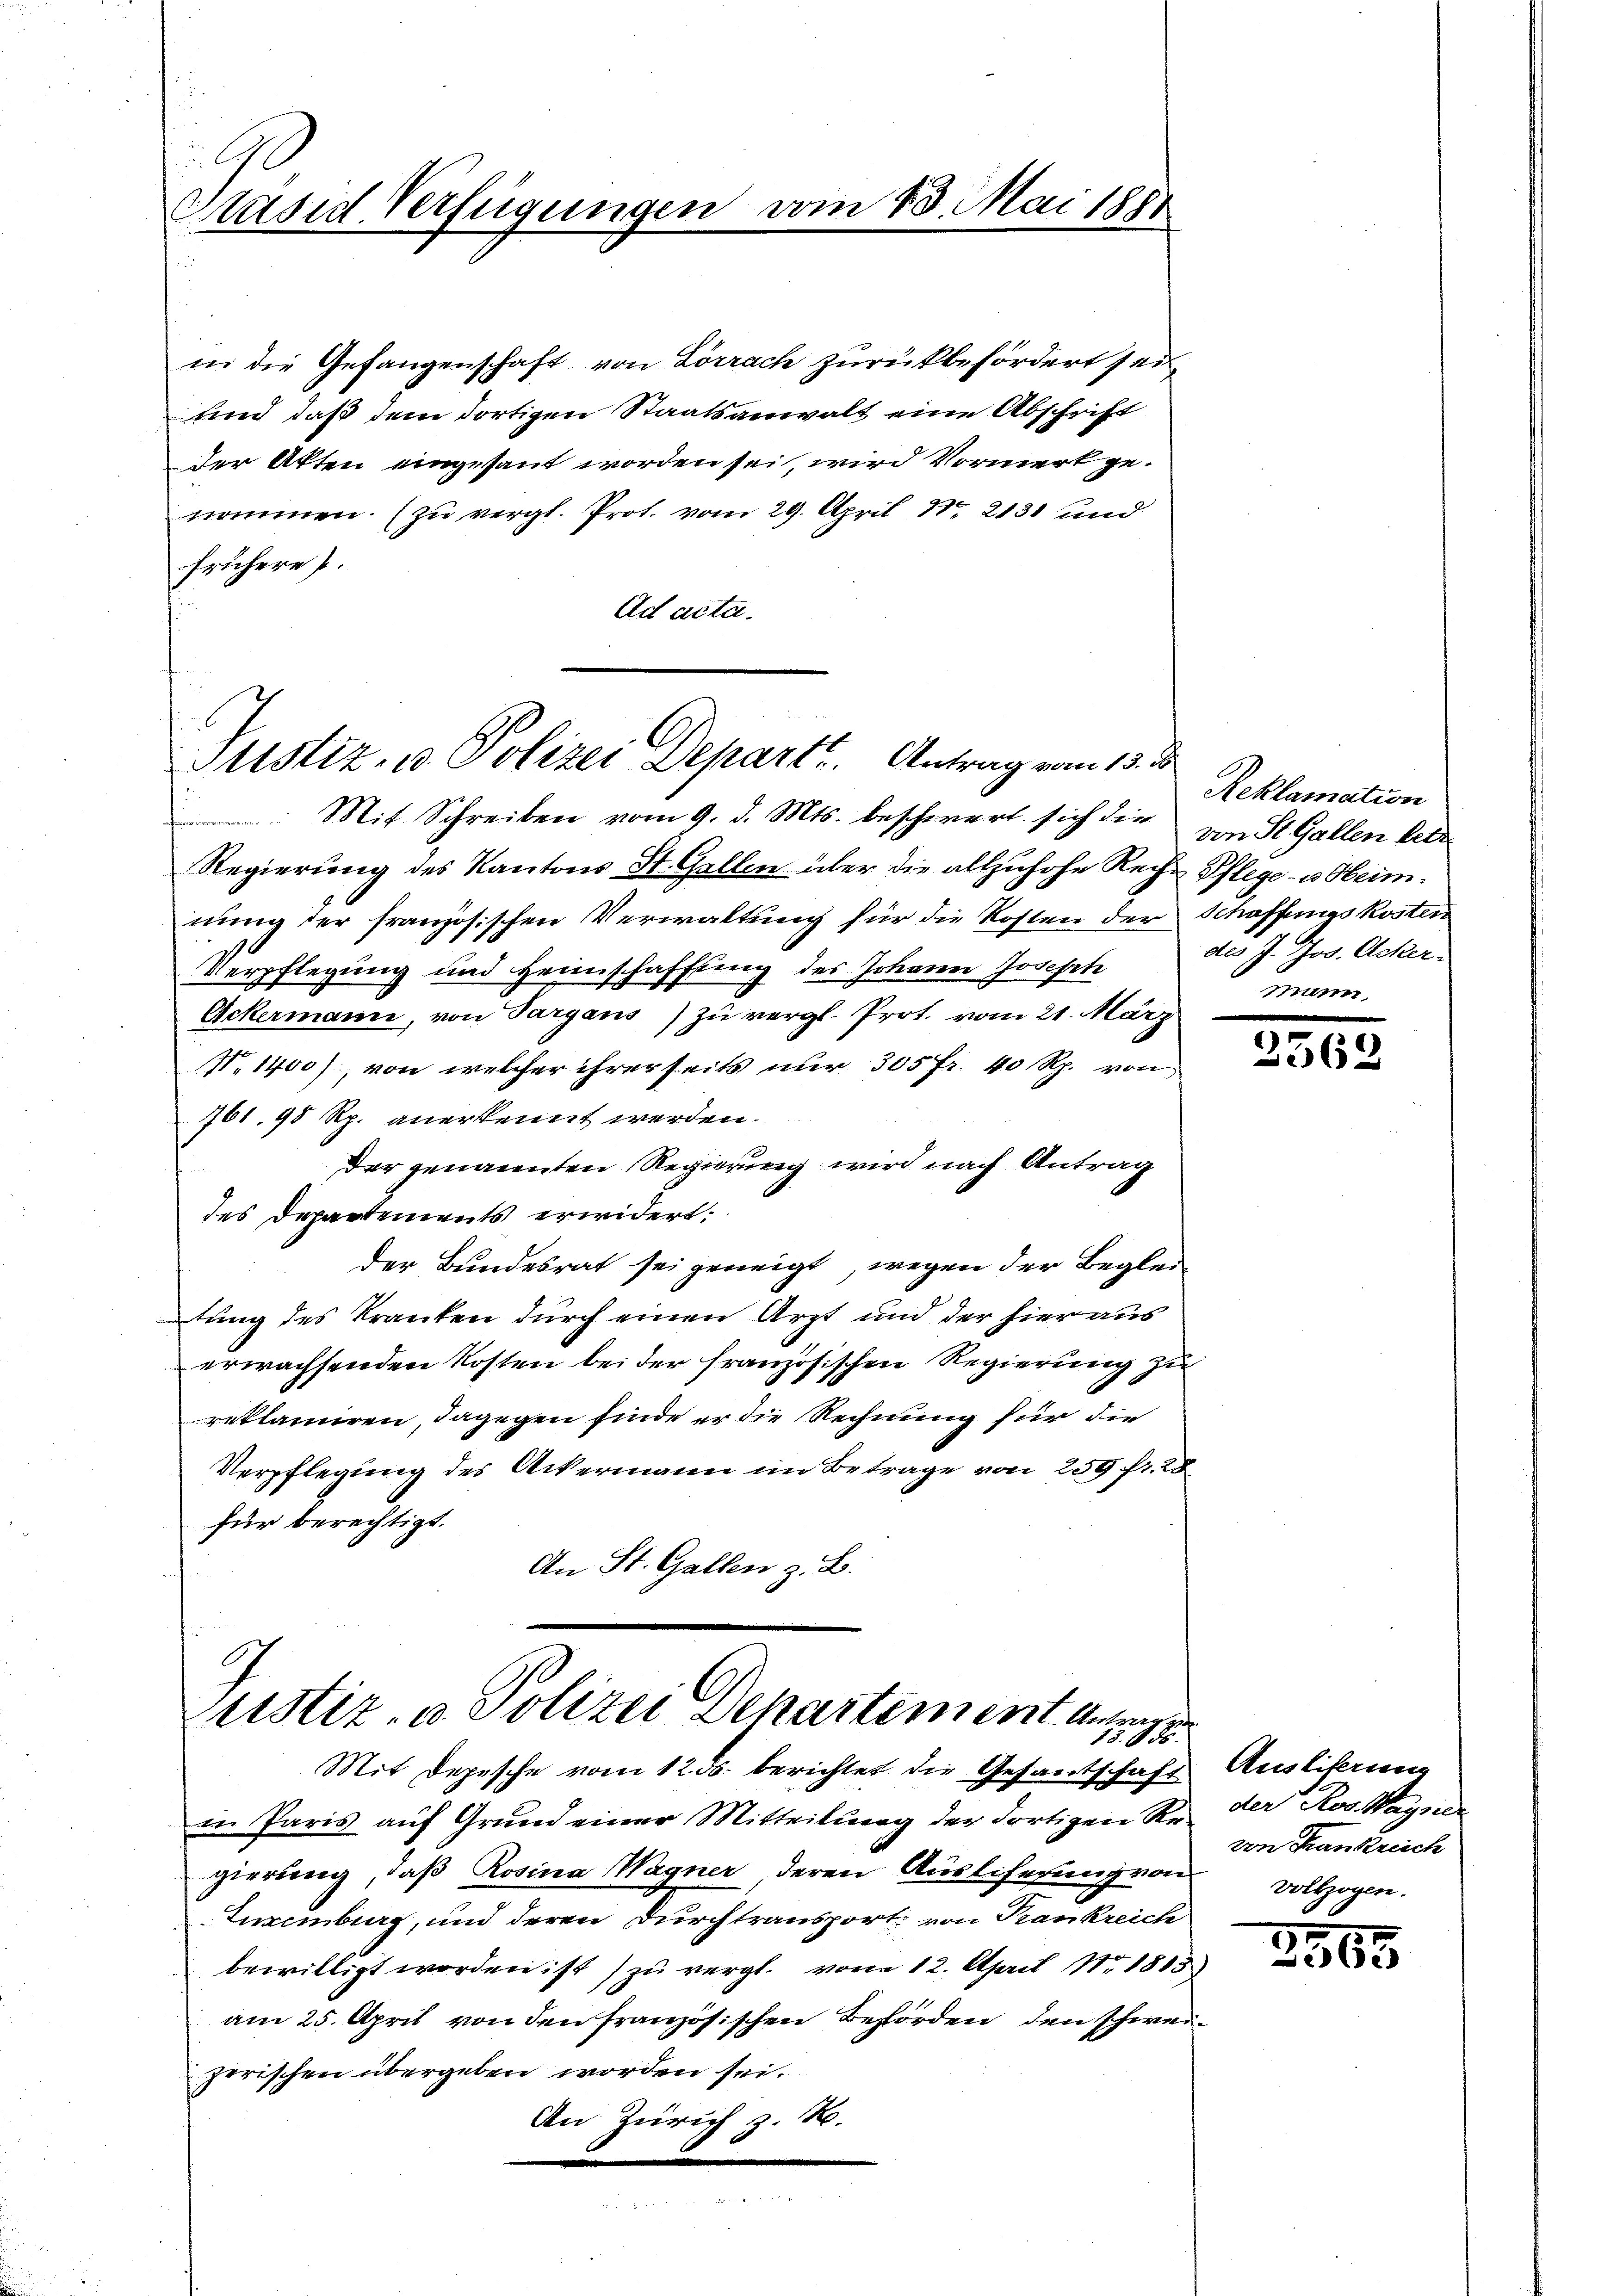
Präsid. Verfügungen vom 13. Mai 1881

in die Gefangenschaft von Lörrach zurükbefördert sei,
und daß dem dortigen Staatsanwalt eine Abschrift
der Akten eingesant worden sei, wird Vormerk genommen. (zu vergl. Prof. vom 29. April 18. 2131 und
frühere P.
Ad acta.

Justiz- u. Polizei Departe. Antrag vom 13. d.

Regierung des Kantons St. Gallen über die allzuhohe Reihe Pflege- u. Heimnung der französischen Verwaltung für die Kosten der Schaffungskosten
Verpflegung und Heimschaffung des Johann Joseph
Ockermann, von Sargaus) zu vergl. Prot. vom 21. März
N.1400), von welcher ihrerseits nur 305 fr. 40 Rp. von
761. 98 Rp. anerkennt werden.
Der genannten Regierung wird nach Antrag
des Departements erwidert:
der Bundesrat sei geneigt, wegen der Begleitung des Kranken durch einen Arzt und der hieraus
erwachsenden Kosten bei der französischen Regierung zu
reklamiren, dagegen finde er die Rechnung für die
Verpflegung des Ackermann im Betrage von 250 fr. 28
für berechtigt.
An St. Gallen z. B.

Mit Schreiben vom 9. d. Mts. beschwert sich die von St. Gallen bede

.
Justiz- u. Polizei Departement. Ausg

Mit Depesche vom 12. ds. berichtet die Gesantschaft
i. Paris auf Grund einer Mitteilung der dortigen Re-
gierung, daß Rosina Wagner, deren Ausliferung von
Luxenburg, und deren Durchtransport von Trankreich
bewilligt worden ist) zu vergl. vom 12. April Nr 1813
am 25. April von den französischen Behörden, den schweizerischen übergeben worden sei.
An Zürich z. B.

Reklamation
des J. Jos. Acker-
mann,

3362

Auslieferung
der Ros. Wayser
von Krankreich
vollzogen.

3565